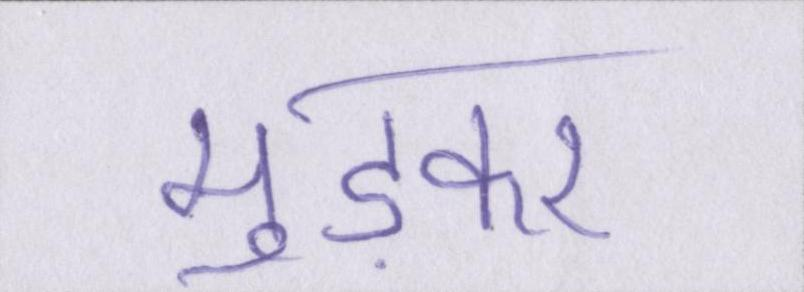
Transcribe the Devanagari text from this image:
मुड़कर